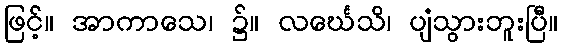
ဖြင့်။ အာကာသေ၊ ၌။ လင်္ဃေသိ၊ ပျံသွားဘူးပြီ။